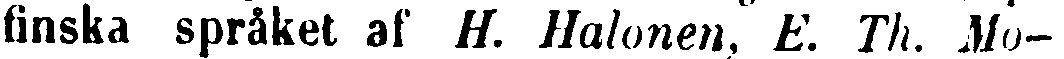
finska språket af H. Halonen, E. Th. Mo-